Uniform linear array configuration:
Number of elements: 64
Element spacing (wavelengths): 0.25
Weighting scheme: uniform
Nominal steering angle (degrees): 0
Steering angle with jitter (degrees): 0.5484
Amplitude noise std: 0.05
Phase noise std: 0.05

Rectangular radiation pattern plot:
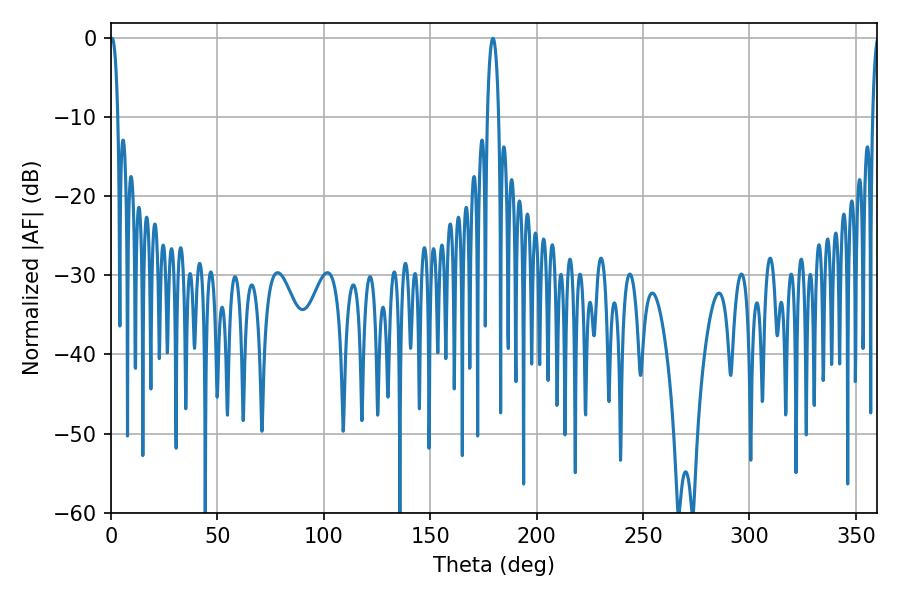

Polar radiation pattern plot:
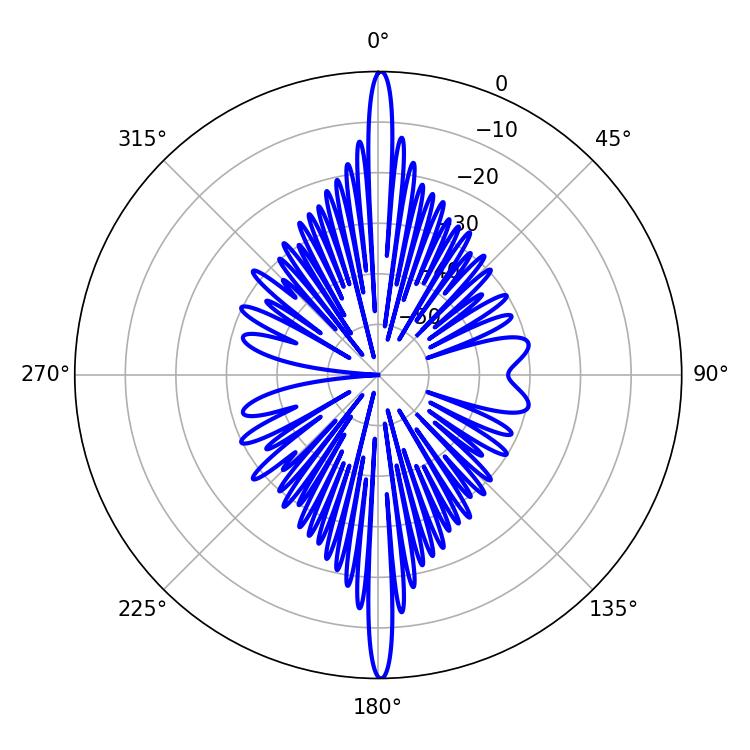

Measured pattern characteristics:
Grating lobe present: FALSE
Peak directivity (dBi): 31.36
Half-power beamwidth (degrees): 1.98
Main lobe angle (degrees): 0.54